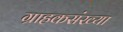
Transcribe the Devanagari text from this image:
ग्राहकसंख्या